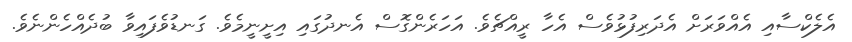
އެލެކްސާއި އެއްވަރަށް އެދަރިފުޅުވެސް އެހާ ރީއްޗެވެ. އަހަރެންގޮސް އެނދުގައި އިށީނީމެވެ. ގަނޑުވެފައިވާ ބުދެއްހެންނެވެ.